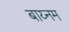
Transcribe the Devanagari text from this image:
बाय्नम